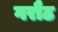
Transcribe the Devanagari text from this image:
गरौठ